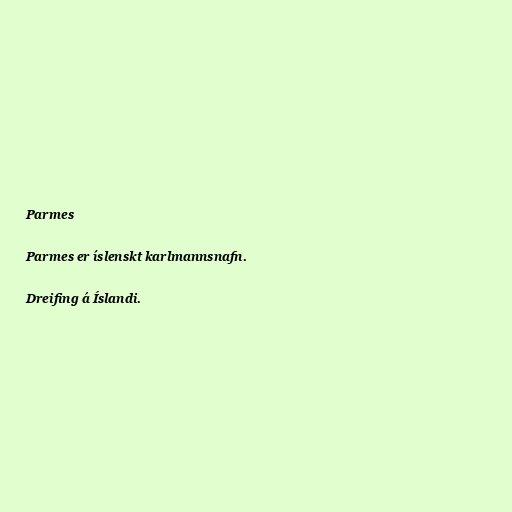
Parmes

Parmes er íslenskt karlmannsnafn.

Dreifing á Íslandi.